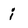
Character: i